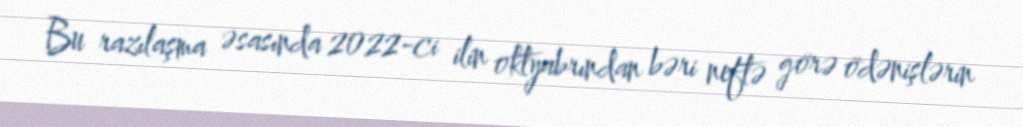
Bu razılaşma əsasında 2022-ci ilin oktyabrından bəri neftə görə ödənişlərin